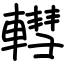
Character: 轊